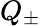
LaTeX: Q_{\pm}